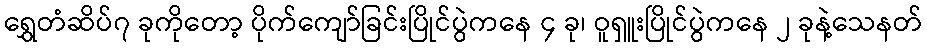
ရွှေတံဆိပ်၇ ခုကိုတော့ ပိုက်ကျော်ခြင်းပြိုင်ပွဲကနေ ၄ ခု၊ ဝူရှူးပြိုင်ပွဲကနေ ၂ ခုနဲ့သေနတ်